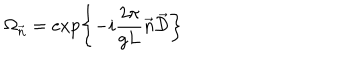
LaTeX: \Omega _ { \vec { n } } = \exp \left\{ - i \frac { 2 \pi } { g L } \vec { n } \vec { \cal D } \right\}